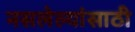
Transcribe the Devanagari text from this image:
नसलेल्यांसाठी